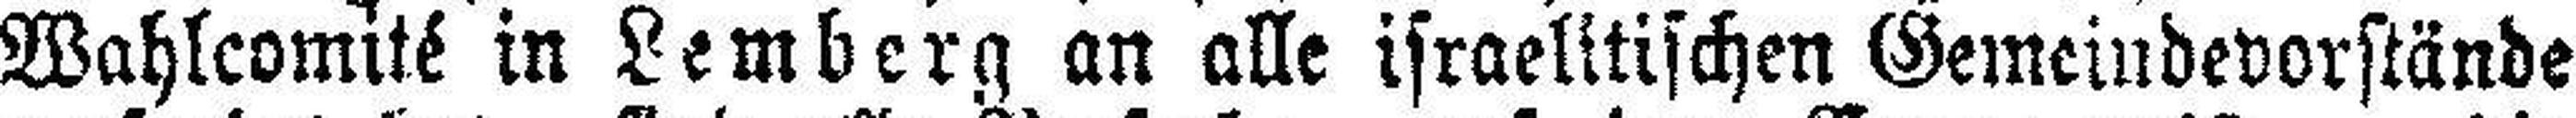
Wahlcomité in Lemberg an alle israelitischen Gemeindevorstände